Lunatic asylums Bombay report 1878-1890 - 1878-1890
Year: 1878
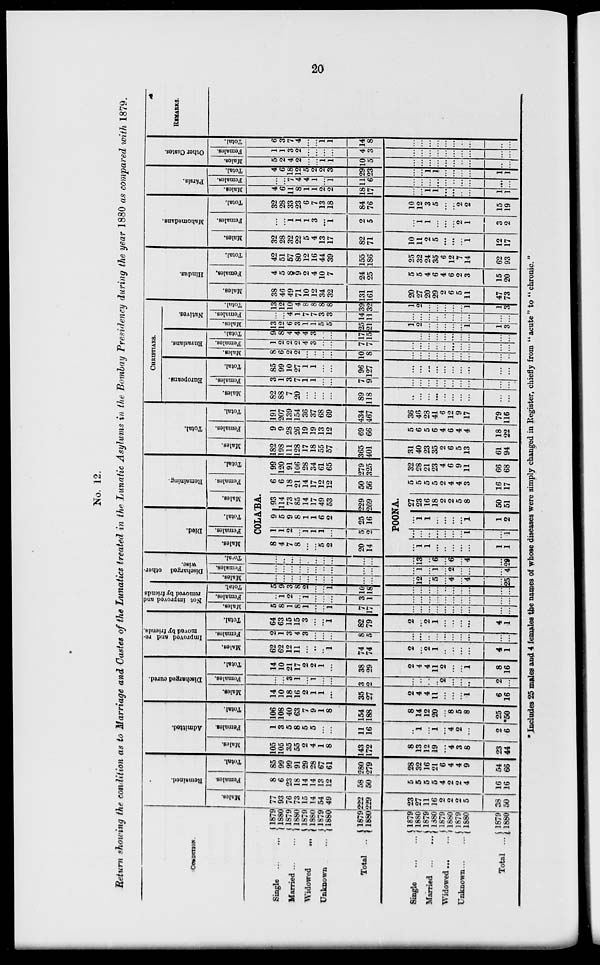
20
No. 12.
Return showing the condition as to Marriage and Castes of the Lunatics treated in the Lunatic Asylums in the Bombay Presidency during the year 1880 as compared with 1879.
CONDITION.
Single
...
...
Married
...
...
Widowed
...
Unknown ...
Total ...
Single
...
...
Married
...
...
Widowed
...
...
Unknown ... ...
Total ...
1879
1880
1879
1880
1879
1880
1879
1880
1879
1880
1879
1880
1879
1880
1879
1880
1879
1880
1879
1880
Remained.
Males.
77
93
76
73
15
14
54
49
222
229
23
27
11
16
2
2
2
5
38
50
Females.
8
6
23
18
14
14
13
12
58
50
5
5
5
5
4
2
2
4
16
16
Total.
85
99
99
91
29
28
67
61
280
279
28
32
16
21
6
4
4
9
54
66
Admitted.
Males.
105
105
35
55
2
4
1
8
143
172
8
13
12
19
...
4
3
8
23
44
Females.
1
3
5
8
5
5
...
...
11
16
...
1
...
1
...
4
2
...
2
6
Total.
106
108
40
63
7
9
1
8
154
188
8
14
12
20
...
8
5
8
25
*50
Discharged cured.
Males.
14
10
18
16
2
1
1
...
35
27
2
4
4
11
...
...
...
1
6
16
Females.
...
...
3
1
...
1
...
...
3
2
...
...
...
...
2
...
...
...
2
...
Total.
14
10
21
17
2
2
1
...
38
29
2
4
4
11
2
...
...
1
8
16
Improved and re-
moved by friends.
Males.
62
62
12
11
...
...
...
1
74
74
2
...
2
1
...
...
...
...
4
1
Females.
2
1
3
4
3
...
...
...
8
5
...
...
...
...
...
...
...
...
...
...
Total.
64
63
15
15
3
...
...
1
82
79
2
...
2
1
...
...
...
...
4
1
Not improved and
removed by friends
Males.
5
8
1
8
1
...
...
1
7
17
...
...
...
...
...
...
...
...
...
...
Females.
...
1
2
...
1
...
...
...
3
1
...
...
...
...
...
...
...
...
...
...
Total
...
...
...
...
2
...
...
1
10
18
...
...
...
...
...
...
...
...
...
...
Discharged other-
wise.
Males.
...
...
...
...
...
...
...
...
...
...
...
12
...
5
...
4
...
4
...
25
Females.
...
...
...
...
...
...
...
...
...
...
...
1
...
1
...
2
...
...
...
4
Total.
...
...
...
...
...
...
...
...
...
...
...
13
...
6
...
6
...
4
...
20
Died.
Males.
Females.
Total.
Remaining.
Males.
Females.
Total.
COLA'BA.
8
4
7
8
...
...
5
2
20
14
...
1
1
...
...
...
...
...
1
1
1
1
2
...
1
1
1
...
5
2
9
5
9
8
1
1
6
2
25
16
93
114
73
85
14
17
49
53
229
269
POONA.
...
...
...
...
...
...
...
1
...
1
...
1
1
...
...
...
...
1
1
2
27
23
16
18
9
2
5
8
50
51
6
6
18
21
14
17
12
12
50
56
5
5
5
5
2
4
4
3
16
17
99
120
91
106
28
34
61
65
279
325
32
28
21
23
4
6
9
11
66
68
Total.
Males.
182
198
111
128
17
18
55
57
365
401
31
40
23
35
2
6
5
13
61
94
Females.
9
9
28
26
19
19
13
12
69
66
5
6
5
6
4
6
4
4
18
22
Total.
191
207
139
154
36
37
68
69
434
467
36
46
28
41
6
12
9
17
79
116
CHRISTIANS.
Europeans.
Males.
82
88
7
20
...
...
...
...
89
118
...
...
...
...
...
...
...
...
...
...
Females.
3
1
3
7
1
1
...
...
7
9
...
...
...
...
...
...
...
...
...
...
Total.
85
99
10
27
1
1
...
...
96
127
...
...
...
...
...
...
...
...
...
...
Eurasians.
Males.
8
6
2
2
...
...
...
...
10
8
...
...
...
...
...
...
...
...
...
...
Females.
1
2
2
2
4
3
...
...
7
7
...
...
...
...
...
...
...
...
...
...
Total.
9
8
4
4
4
3
...
...
17
15
...
...
...
...
...
...
...
...
...
...
Natives.
Males.
13
12
6
3
1
1
5
5
25
21
1
2
...
...
...
...
...
1
1
3
Females.
...
...
4
1
7
7
3
3
14
11
...
...
...
...
...
...
...
...
...
...
Total.
13
12
10
4
8
8
8
8
39
32
1
2
...
...
...
...
...
1
1
3
Hindus.
Males.
38
46
49
71
10
12
34
32
131
161
20
27
20
29
2
6
5
11
47
73
Females.
4
5
8
9
2
4
10
7
24
25
5
5
4
6
4
6
2
3
15
20
Total.
42
51
57
80
12
16
44
39
155
186
25
32
24
35
6
12
7
14
62
93
Mahomedans.
Males.
32
28
32
22
5
4
13
17
82
71
10
11
2
5
...
...
...
1
12
17
Females.
...
...
1
1
1
3
...
1
2
5
...
1
1
...
...
...
2
1
3
2
Total.
32
28
33
23
6
7
13
18
84
76
10
12
3
5
...
...
2
2
15
19
Pársis.
Males.
4
6
11
8
1
1
2
2
18
17
...
...
1
1
...
......
...
...
1
1
Females.
...
...
7
4
4
1
...
1
11
6
...
...
...
...
...
...
...
...
...
...
Total.
4
6
18
12
5
2
2
3
29
23
...
...
1
1
...
...
...
...
1
1
Other Castes.
Males.
5
2
4
2
...
...
1
1
10
5
...
...
...
...
...
...
...
...
...
...
Females.
1
1
3
2
...
...
...
...
4
3
...
...
...
...
...
...
...
...
...
...
Total.
6
3
7
4
...
...
1
1
14
8
...
...
...
...
...
...
...
...
...
...
REMARKS.
*Includes 25 males and 4 females the names of whose diseases were simply changed in Register, chiefly from '' acute " to " chronic."